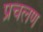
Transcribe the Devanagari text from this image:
प्रचलण